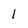
Character: l